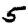
Digit: 5